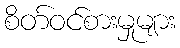
စိတ်ဝင်စားမှုများ